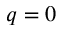
q = 0